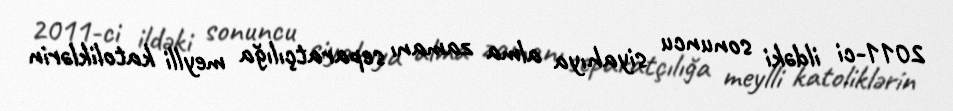
2011-ci ildəki sonuncu siyahıya alma zamanı separatçılığa meylli katoliklərin